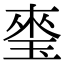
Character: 𤦃